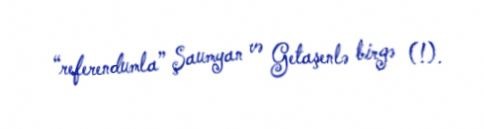
“referendumla” Şaumyan və Getaşenlə birgə (!).